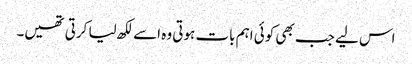
اس لیے جب بھی کوئی اہم بات ہوتی وہ اسے لکھ لیا کرتی تھیں۔